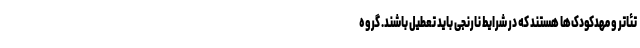
تئاتر و مهدکودک‌ها هستند که در شرایط نارنجی باید تعطیل باشند. گروه